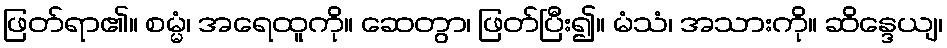
ဖြတ်ရာ၏။ စမ္မံ၊ အရေထူကို။ ဆေတွာ၊ ဖြတ်ပြီး၍။ မံသံ၊ အသားကို။ ဆိန္ဒေယျ၊